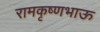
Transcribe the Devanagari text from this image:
रामकृष्णभाऊ